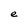
Character: e